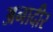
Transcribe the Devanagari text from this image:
अनादीर